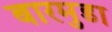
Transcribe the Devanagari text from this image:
बारमुडा